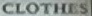
CLOTHES